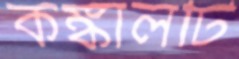
কঙ্কালটি